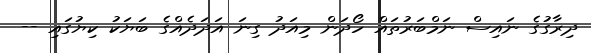
ދިރާގުގެ ނައިސް ނަމްބަރުތައް ހޯދަން މިއަދު ގިނަ އަދަދެއްގެ ބަޔަކު ކިޔުގައި --